Annual report of lunatic asylums [Bombay] - 1912-1922
Year: 1912
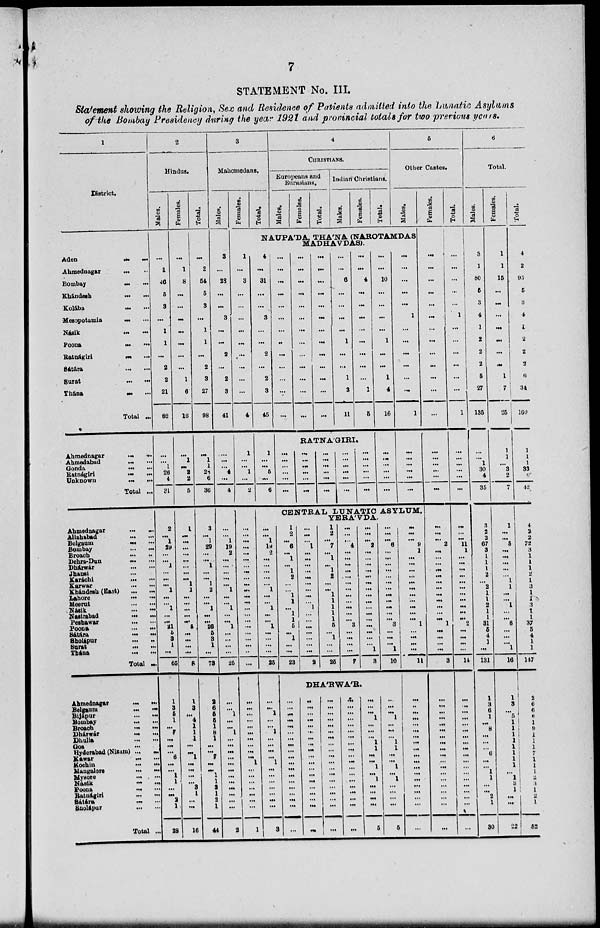
7
STATEMENT No. III.
Statement showing the Religion, Sex and Residence of Patients admitted into the Lunatic Asylums
of the Bombay Presidency during the year 1921 and provincial totals for two previous years.
1
District.
Aden
...
...
Ahmednagar ... ...
Bombay ... ...
Khándesh ... ...
Kolába ... ...
Mesopotamia
...
...
Násik ... ...
Poona
...
...
Ratnágiri
...
...
Satáta
...
...
Surat
...
...
Thána
...
...
Total ...
Ahmednagar
...
...
Ahmedabad
...
...
Gonda ... ...
Ratnágiri
...
...
Unknown ... ...
Total ...
Ahmednagar
...
...
Allahabad
...
...
Belgaum
...
...
Bombay
...
...
Broach
...
...
Dehra-Dun
...
...
Dhárwár
...
...
Jhansi ... ...
Karáchi
...
...
Karwar
...
...
Khándesh (East) ... ...
Lahore
...
...
Meerut
...
...
Násik ... ...
Nasirabad
...
...
Peshawar
...
...
Poona
...
...
Sátáta
...
...
Sholápur
...
...
Surat
...
...
Thána
...
...
Total ..
Ahmednagar
...
...
Belgaum
...
...
Bijapur
...
...
Bombay
...
...
Broach
...
...
Dhárwár
...
...
Dhulia
...
...
Goa ... ...
Hyderabad (Nisum) ... ...
Kawar
...
...
Kochin
...
...
Mangalore
...
...
Mysore
...
...
Násik
...
...
Poona
...
...
Ratnágiri
...
...
Sátára
...
...
Snolápur
...
...
Total ..
2
Hindus.
Males.
...
1
46
5
3
...
1
1
...
2
2
21
82
...
...
1
26
4
31
2
...
1
29
...
...
1
...
...
...
1
...
...
1
...
...
21
5
3
1
...
65
1
3
6
1
...
7
...
...
...
6
...
...
1
1
...
...
2
1
28
Females.
...
1
8
...
...
...
...
...
...
...
1
6
16
...
1
...
2
2
5
1
...
...
...
...
...
...
...
...
1
1
...
...
...
...
...
5
...
...
...
...
8
1
3
...
4
1
1
1
...
...
1
...
...
...
...
3
1
...
...
16
Total.
...
2
54
5
3
...
1
1
...
2
3
27
98
...
1
1
28
6
36
3
...
1
29
...
...
1
...
...
1
2
...
...
1
...
...
26
5
3
1
...
73
2
6
6
6
1
8
1
...
...
7
...
...
1
1
3
1
2
1
44
3
Mahomedans.
Males.
3
...
28
...
...
3
...
...
2
...
2
3
41
...
...
...
4
...
4
...
...
1
19
2
...
...
...
...
...
1
...
...
1
...
...
1
...
...
...
...
25
...
...
1
...
...
1
...
...
...
...
...
...
...
...
...
...
...
...
2
Females.
Total.
4
CHRISTIANS.
Europeans and
Eurasians.
Males.
Females.
Total.
Indian Christians.
Males.
Females.
Total.
5
Other Castes.
Males.
NAUPÁDA, THÁNA (NAROTAMDAS
MADHAVDAS).
1
...
3
...
...
...
...
...
...
...
...
...
4
1
...
...
1
...
2
...
...
...
...
...
...
...
...
...
...
...
...
...
...
...
...
...
...
...
...
...
...
...
...
...
...
...
...
...
...
...
...
1
...
...
...
...
...
...
...
1
4
...
31
...
...
3
...
...
2
...
2
3
45
1
...
...
5
...
6
...
...
...
...
...
...
...
...
...
...
...
...
...
...
...
...
...
...
...
...
...
...
...
...
...
...
...
...
...
...
...
...
...
...
...
...
...
...
...
...
...
6
...
...
...
...
1
...
...
1
3
11
...
...
4
...
...
...
...
...
...
...
...
1
6
RATNÁGIRI.
...
...
...
...
...
...
...
...
...
...
...
...
...
...
...
...
...
...
...
...
...
...
...
...
...
...
...
...
...
...
...
...
10
...
...
...
...
1
...
...
1
4
16
...
...
...
...
...
...
...
...
...
...
...
1
...
...
...
...
...
...
1
...
...
...
...
...
...
CENTRAL LUNATIC ASYLUM.
YERÁVDA.
...
...
1
19
2
...
...
...
...
...
1
...
...
1
...
...
1
...
...
...
...
25
...
...
1
...
...
1
...
...
...
...
1
...
...
...
...
...
...
...
3
1
2
...
6
...
1
...
1
2
...
...
1
1
...
1
1
5
...
1
...
...
23
...
...
...
1
...
...
...
...
...
...
...
...
...
1
...
...
...
...
...
...
...
2
1
2
...
7
...
1
...
1
2
...
...
1
1
1
1
1
5
...
1
...
...
25
...
...
...
4
...
...
...
...
...
...
...
...
...
...
...
...
3
...
...
...
...
7
...
...
...
2
...
...
...
...
...
...
...
...
...
...
...
...
...
...
...
...
1
3
...
...
...
6
...
...
...
...
...
...
...
...
...
...
...
...
3
...
...
...
1
10
DHÁRWÁR.
...
...
...
...
...
...
...
...
...
...
...
...
...
...
...
...
...
...
...
...
...
...
...
...
...
...
...
...
...
...
...
...
...
...
...
...
...
...
...
...
...
...
...
...
...
...
... ...
...
...
...
...
...
...
...
...
...
...
...
...
...
...
...
...
...
...
...
...
...
...
...
...
...
...
...
...
...
...
...
1
...
...
...
1
1
...
...
1
...
1
...
...
...
...
5
...
...
...
1
...
...
...
1
1
...
...
1
...
1
...
...
...
...
5
...
...
...
9
1
...
...
...
...
...
...
...
...
...
...
...
1
...
...
...
...
11
...
...
...
...
...
...
...
...
...
...
...
...
...
...
...
...
...
...
...
Females.
...
...
...
...
...
...
...
...
...
...
...
...
...
...
...
...
...
...
...
...
...
...
2
...
...
...
...
...
...
...
...
...
...
...
...
1
...
...
...
...
3
...
...
...
...
...
...
...
...
...
...
...
...
...
...
...
...
...
...
...
Total.
...
...
...
...
...
1
...
...
...
...
...
...
1
...
...
...
...
...
...
...
...
...
11
1
...
...
...
...
...
...
...
...
...
...
...
2
...
...
...
...
14
...
...
...
...
...
...
...
...
...
...
...
...
...
...
...
...
...
...
...
6
Total.
Males.
3
1
80
5
3
4
1
2
2
2
5
27
135
...
...
1
30
4
35
3
2
2
67
3
1
1
1
2
...
2
1
1
2
1
1
31
5
4
1
...
131
1
3
6
1
...
8
...
...
...
6
...
...
1
1
...
...
2
1
30
Females.
1
1
15
...
...
...
...
...
...
...
1
7
25
1
1
...
3
2
7
1
...
...
5
...
...
...
...
...
1
1
...
...
1
...
...
6
...
...
...
1
16
1
3
...
5
1
1
1
1
1
1
1
1
...
1
3
1
...
...
22
Total.
4
2
95
5
3
4
1
2
2
2
6
34
160
1
1
1
33
6
42
4
2
2
72
3
1
1
1
2
1
3
1
1
3
1
1
37
5
4
1
1
147
2
6
6
6
1
9
1
1
1
7
1
1
1
2
3
1
2
1
52